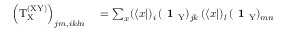
\begin{array} { r l } { \left( \mathrm { T } _ { \mathrm X } ^ { \mathrm { ( X Y ) } } \right) _ { j m , i k l n } } & { { } = \sum _ { x } ( \langle x | ) _ { i } \, ( \textbf { 1 } _ { \mathrm { Y } } ) _ { j k } \, ( \langle x | ) _ { l } \, ( \textbf { 1 } _ { \mathrm { Y } } ) _ { m n } } \end{array}